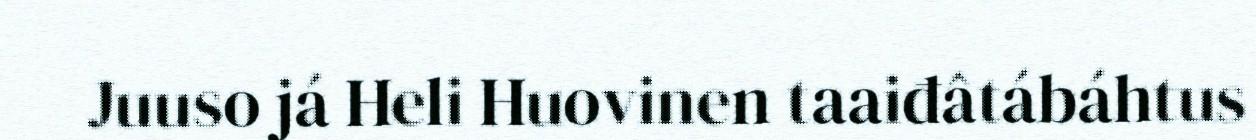
Juuso já Heli Huovinen taaiđâtábáhtus